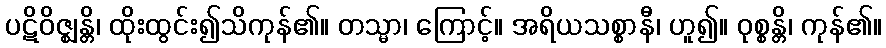
ပဋိဝိဇ္ဈန္တိ၊ ထိုးထွင်း၍သိကုန်၏။ တသ္မာ၊ ကြောင့်။ အရိယသစ္စာနီ၊ ဟူ၍။ ဝုစ္စန္တိ၊ ကုန်၏။